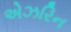
એઝરિન